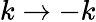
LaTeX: k\to-k